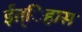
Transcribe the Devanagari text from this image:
ईत्िहास